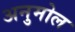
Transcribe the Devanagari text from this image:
अनुमोल